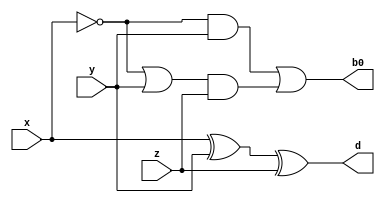
`timescale 1ns / 1ps
//////////////////////////////////////////////////////////////////////////////////
// Company: 
// Engineer: 
// 
// Design Name: 
// Module Name: fullsub
// Project Name: 
// Target Devices: 
// Tool Versions: 
// Description: 
// 
// Dependencies: 
// 
// Revision:
// Revision 0.01 - File Created
// Additional Comments:
// 
//////////////////////////////////////////////////////////////////////////////////

// Malak Majeed Ullah khan

module fullsub(d, b0, x, y, z); // declaring the fullsub module
output d, b0; // declaring the outputs
input x, y, z; //declaring inputs

assign d=x^y^z; // assigning function for output d
assign b0=(((~(x))&y)|(((~(x))|y)&z)); // assigning function for output b0

endmodule


module fullsubTb();
wire d, b0;
reg x, y, z;
fullsub abc(d, b0, x, y, z);
initial
begin
#00 x=1'b0; y=1'b0; z=1'b0;
#10 x=1'b0; y=1'b0; z=1'b1;
#10 x=1'b0; y=1'b1; z=1'b0;
#10 x=1'b0; y=1'b1; z=1'b1;
#10 x=1'b1; y=1'b0; z=1'b0;
#10 x=1'b1; y=1'b0; z=1'b1;
#10 x=1'b1; y=1'b1; z=1'b0;
#10 x=1'b1; y=1'b1; z=1'b1;
#10 $finish;
end
initial
begin
$display("Auther: Muhammad Riaz Ali Rajpu\n");
$monitor($time, "ns -- x=%b, y=%b, z=%b, d=%b, b0=%b", x, y, z, d, b0);
end
endmodule